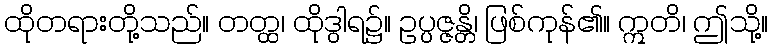
ထိုတရားတို့သည်။ တတ္ထ၊ ထိုဒွါရ၌။ ဥပ္ပဇ္ဇန္တိ၊ ဖြစ်ကုန်၏။ ဣတိ၊ ဤသို့။